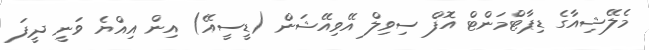
މެލޭޝިއާގެ ޑިޕާޓްމަންޓް އޮފް ސިވިލް އޭވިއޭޝަން (ޑީސީއޭ) އިން އިއްޔެ ވަނީ ދީފަ